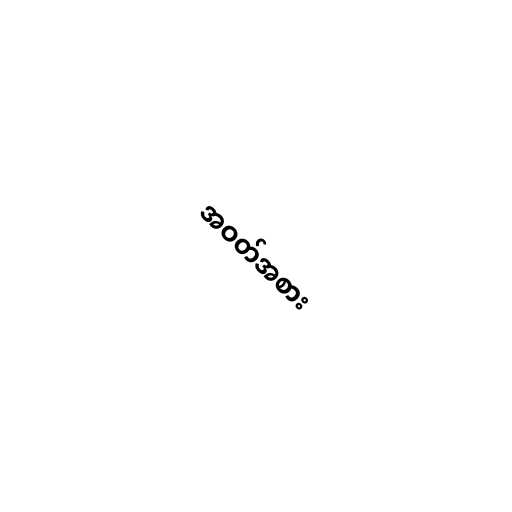
အဝတ်အစား